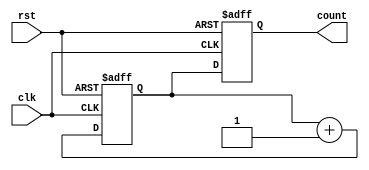
module GrayCounter(
    input wire clk,
    input wire rst,
    output reg [3:0] count
);

reg [3:0] next_count;

always @(posedge clk or posedge rst) begin
    if (rst) begin
        count <= 4'b0000;
        next_count <= 4'b0001;
    end else begin
        count <= next_count;
        next_count <= next_count + 1;
    end
end

endmodule